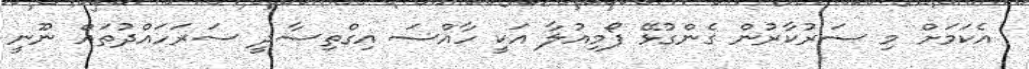
އެކަމަށް މި ސަރުކާރުން ގެންގުޅޭ ފޯމިއުލާ އަކީ ހާއްސަ އިގްތިސާދީ ސަރަހައްދުތައް ނޫނީ